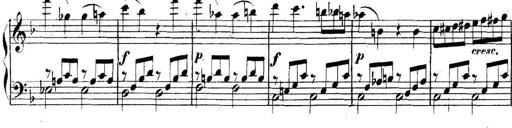
Title: Collected Piano Sonatas
Composer: Muzio Clementi